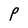
Character: P